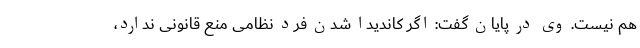
هم نیست. وی در پایان گفت: اگر کاندیدا شدن فرد نظامی منع قانونی ندارد،